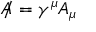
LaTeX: A \! \! \! / = \gamma ^ { \mu } A _ { \mu }